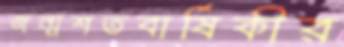
জন্মশতবার্ষিকীর